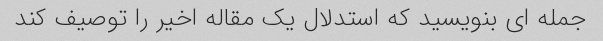
جمله ای بنویسید که استدلال یک مقاله اخیر را توصیف کند